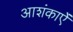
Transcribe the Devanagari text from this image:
आशंकाऐं